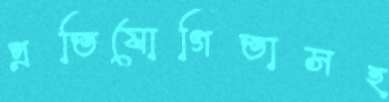
প্রতিযোগিতাসহ